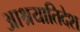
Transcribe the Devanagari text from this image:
आश्रयातिदेश